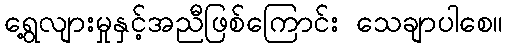
ရွေ့လျားမှုနှင့်အညီဖြစ်ကြောင်း သေချာပါစေ။